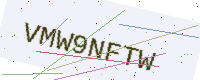
Text: VMW9NFTW